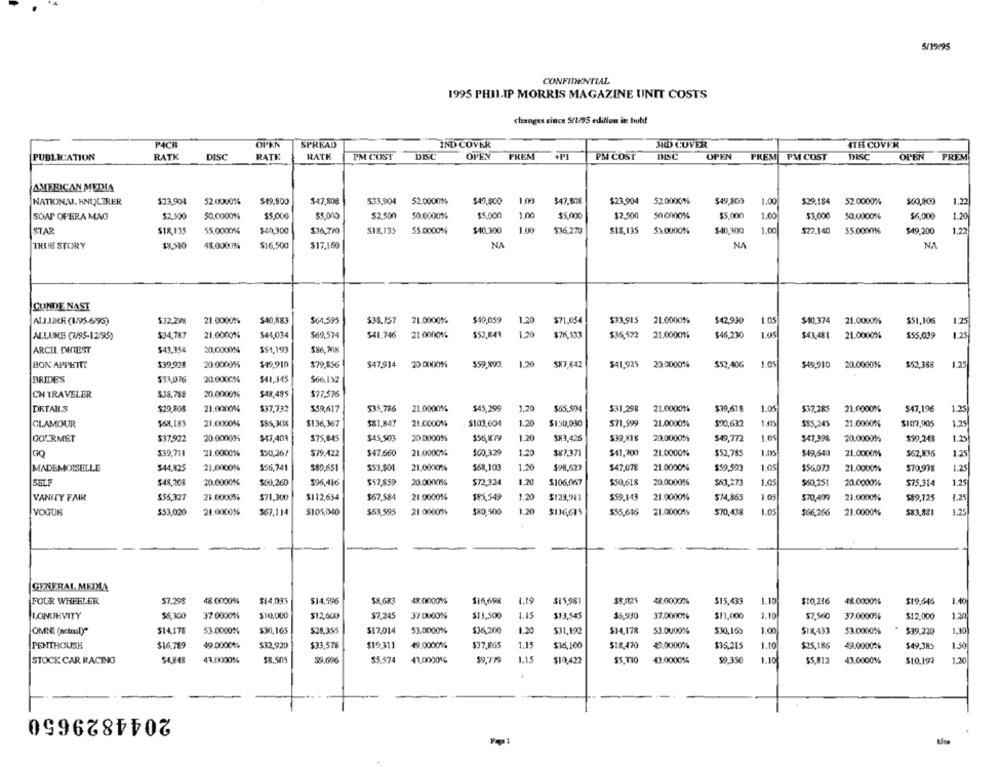
5/19/95
CONFIDENTIAL
1995 PHILIP MORRIS MAGAZINE UNIT COSTS
changes since 5/7/95 edition it butd
PACE
OPEN
SPREAD
IND COVER
3RD COVER
4THS COVER
PUBLICATION
RATK
DISC
RATE
RATE
PM COST
DISC
OPEN
PREM
+PI
PM COST
DISC
OPEN
PREM PM COST
DISC
OPEN
PREM
AMERICAN MEDIA
$23,904
$23,904
52.0000%
$49,800
1.00
$23,904
52.0000%
$49.800
1.00
$29.184
52.0000%
$60,800
1.22
NATIONAL. KNUCTRER
52.0000%
$19.900
$47,808
$47,808
SOAP OPERA MAO
$2.500
50.0000%
$5,000
$5,000
$2.500
50.0000%
15.000
1.00
$5.000
$2.500
50.0000%
$5.000
1.00
$3.000
50.0000%
$6,000
1.20
STAR
$18.135
$5,0000%
$40,300
$36,270
SIX,135
55.0000%
$40.300
1.00
$36,270
$18,135
53.0000%
$40,300
1.00
$22.140
$5.0000%
$49,200
1.22
TRUE STORY
48.0000%
$16,500
$17,160
NA
NA
NA
CONDE NAST
ALJAJKF (1/95-6/95)
$32.29%
21.0000%
$40,883
$64.595
$38.757
21.0000%
$49,059
1.20
$71.054
$33,915
21.0000%
$42,930
105
$40,374
21.0000%
$51,106
1.25
ALLURE (3/95-12/95)
$34,787
21.0000%
$44,034
$69,574
$41.746
21 000o.
$52,849
1.20
$76,533
$36,522
21.00001%
$46,230
$43,481
21.0000%
$55.039
1.25
ARCEL DIGEST
$43.354
20,0000%
$51,193
BON APPETIT
$39,92%
20.0000%
$49,910
$79,856
$47,914
20 0000%
559.892
1.20
SR7,642
$41,925
29.0000%
$52,40G
1.05
$49,910
20.0000%
$52,388
1.25
BRIDE'S
$33,076
20.0000%%
$41,345
CN TRAVELER
$38.788
20.0000%
$48,485
$77,576
21.0000%
DETAILS
$29,808
21.0000%
$37,732
$59,617
$35.786
21.0000%%
$45,299
1,20
$65,504
$31,298
$39,61$
1.05
$37,285
21.0000%
$47,196
1.25
GLAMOUR
21.0000%
$85,30%
$136,367
$81.847
21.0000%
$103,604
1.20
$150,030
$71,999
21.0000%
$90,632
$85,245
21.0000%
$107,905
1.75
GOURMET
$37,922
20.0000%
$47,404
$75,845
$45,503
20 0000%
1.2
SX3,425
$39,XIK
20.0000%
$49,772
1.05
$47,398
20.0000%
$39,243
1.25
GO
$39,711
21.0000%
$50,267
$79.422
$47.660
21.0000%
$60,329
1.20
$87,371
$41,700
21.0000%
$52,785
$49,640
21.0000%
562,836
1.25
MADEMOISELLE
$44,825
21,0000%
$56,741
$89,651
$53,901
21.0000%
$68,100
1.20
$98,627
$47,078
21.0000%
$59.599
1.05
$56.073
21.0000%
$70,978
1.25
$48,208
20.0000%
$60,260
$96,416
$57,859
20.00006
$72,324
1.70
$106.0657
$50,618
20.0000%
$63,273
1.05
$60,251
20.0000%
$75.314
1.25
VANITY FAIR
$55,327
23.00005%
$71,300
$112,654
$67.584
21.0000%
$85,549
1.20
$123,711
$59,143
21.0000%
$14,865
1.05
$70,409
21.0000%
$$9,725
1.25
YOGUR
$53,020
21.0000%
367,114
$105,040
$63,595
21 0000%
$80,500
1,20
$116,615
$55,646
21.0000%
$70,438
$66,266
21.0000%
$83,831
GENERAL MEDLA
1.19
FOUR WHEELER
57.298
48.0000%
$14,035
$14,596
SK,GR3
48.0000%
$16,698
$15,981
$8,025
48.0000%
$15,433
1.10
$10.216
48.0000%
$19.646
1.40
1.15
LONGEVITY
56,300
37.0000%
$10,000
$12,600
$7,245
37.0000%
$11,500
313,545
36,930
37.0000%
$11,000
1.10
$7.560
37.0000%
$12,000
1.20
$14,178
$301,165
$28,355
$17.014
53.0000%
$36,200
1.20
$31,192
$14,178
$30,165
1.00
$1X,433
$39.230
1.30
OMNE (actual)"
53.0000%
53.0000%
53.0000%
PENTHOUSE
$16,789
49.0000%
$32,920
$33,578
$19.311
49.0000%
$37,865
1.15
$36,100
SIR,470
40,0000%
$35.215
1.10
$25,186
$49.385
1.50
49.0000%
STOCK CAR RACING
SA,848
43.0000%
39,696
$5.574
43,0000%
$9,79
1.15
SS.110
43.0000%
$9.350
1.10
$5.812
1,20
$10,422
43.0000%%
2044829650